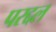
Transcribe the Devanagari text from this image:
परद्दल